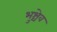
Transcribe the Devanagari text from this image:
भुश्चेव